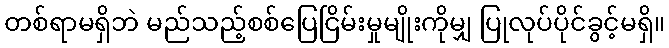
တစ်ရာမရှိဘဲ မည်သည့်စစ်ပြေငြိမ်းမှုမျိုးကိုမျှ ပြုလုပ်ပိုင်ခွင့်မရှိ။